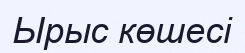
Ырыс көшесі